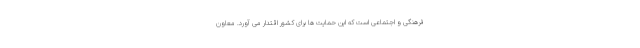
فرهنگی و اجتماعی است که این حمایت ها برای کشور اقتدار می آورد. معاون